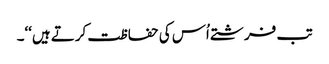
تب فرشتے اُس کی حفاظت کرتے ہیں‘‘۔